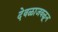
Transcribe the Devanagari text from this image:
देवळाजवळून